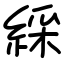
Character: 綵